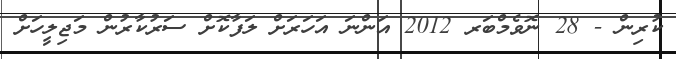
ކުރިން - 28 ނޮވެމްބަރ 2012 އަންނަ އަހަރަށް ލަފާކޮށް ސަރުކާރުން މަޖިލީހަށް